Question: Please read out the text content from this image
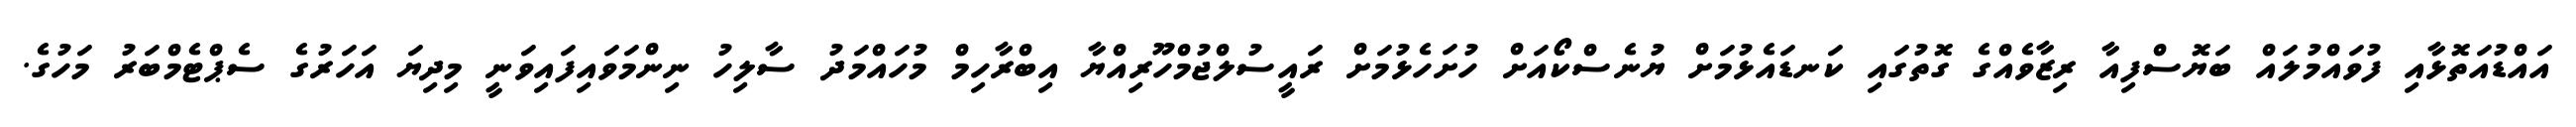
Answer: އައްޑުއަތޮޅާއި ފުވައްމުލައް ބަޔޮސްފިއާ ރިޒާވެއްގެ ގޮތުގައި ކަނޑައެޅުމަށް ޔުނެސްކޯއަށް ހުށަހެޅުމަށް ރައީސުލްޖުމްހޫރިއްޔާ އިބްރާހިމް މުހައްމަދު ސާލިހު ނިންމަވައިފައިވަނީ މިދިޔަ އަހަރުގެ ސެޕްޓެމްބަރު މަހުގެ.